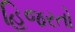
હિજરતો